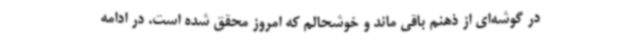
در گوشه‌ای از ذهنم باقی ماند و خوشحالم که امروز محقق شده است. در ادامه